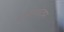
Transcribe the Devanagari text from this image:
ग़लतकदम